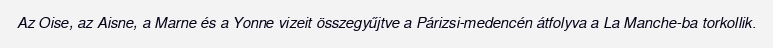
Az Oise, az Aisne, a Marne és a Yonne vizeit összegyűjtve a Párizsi-medencén átfolyva a La Manche-ba torkollik.